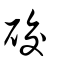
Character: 䂭